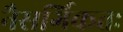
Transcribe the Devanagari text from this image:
नैसर्गिकतः